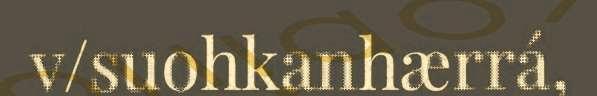
v/suohkanhærrá,